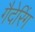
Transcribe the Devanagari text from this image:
गैदेरिंग